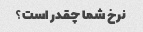
نرخ شما چقدر است؟